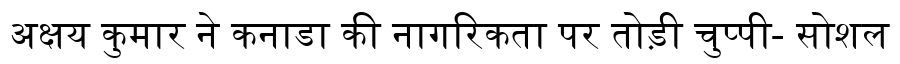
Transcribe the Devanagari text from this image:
अक्षय कुमार ने कनाडा की नागरिकता पर तोड़ी चुप्पी- सोशल